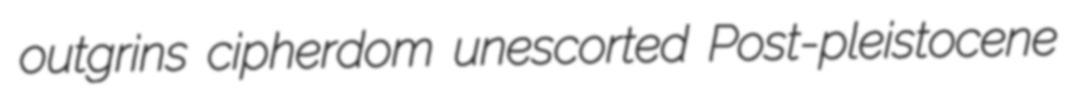
outgrins cipherdom unescorted Post-pleistocene